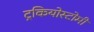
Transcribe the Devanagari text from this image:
ट्रकियोस्टोमी